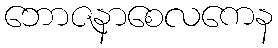
ဘောဇနာစေလကေန